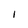
Character: I